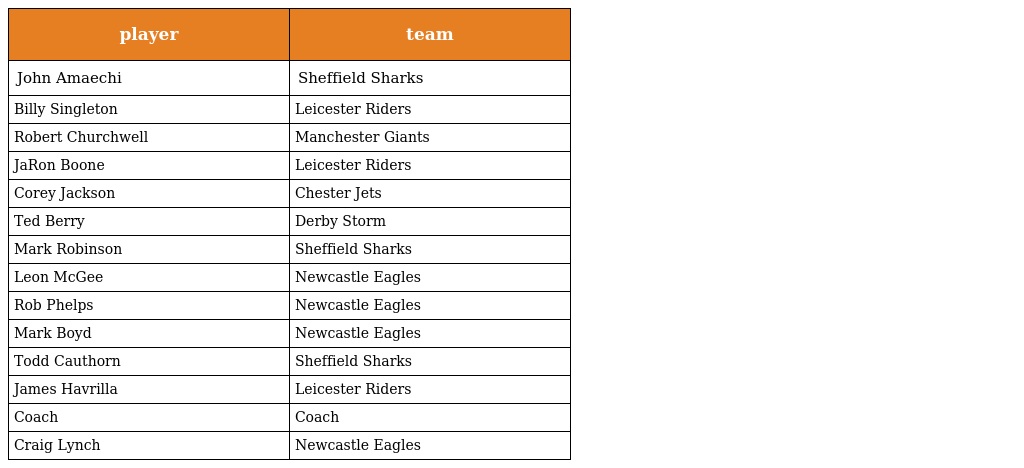
| player | team |
 | --- | --- |
 | John Amaechi | Sheffield Sharks |
 | Billy Singleton | Leicester Riders |
 | Robert Churchwell | Manchester Giants |
 | JaRon Boone | Leicester Riders |
 | Corey Jackson | Chester Jets |
 | Ted Berry | Derby Storm |
 | Mark Robinson | Sheffield Sharks |
 | Leon McGee | Newcastle Eagles |
 | Rob Phelps | Newcastle Eagles |
 | Mark Boyd | Newcastle Eagles |
 | Todd Cauthorn | Sheffield Sharks |
 | James Havrilla | Leicester Riders |
 | Coach | Coach |
 | Craig Lynch | Newcastle Eagles |